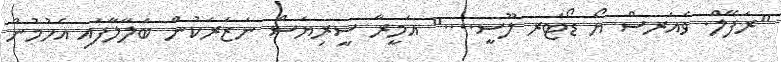
"ރަފޭލް. ވެއަރސް ޔޯ ޑޯޓަރ ލޫސީ...." އަމީރާ ސީރިޔަސް ނަޒަރަކުން ބަލާލާފައި އެހުމުން